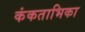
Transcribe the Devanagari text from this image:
कंकताभिका